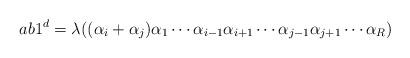
LaTeX: \begin{align*} ab1^d=\lambda((\alpha_i+\alpha_j)\alpha_1\cdots\alpha_{i-1}\alpha_{i+1}\cdots\alpha_{j-1}\alpha_{j+1}\cdots\alpha_R)\end{align*}